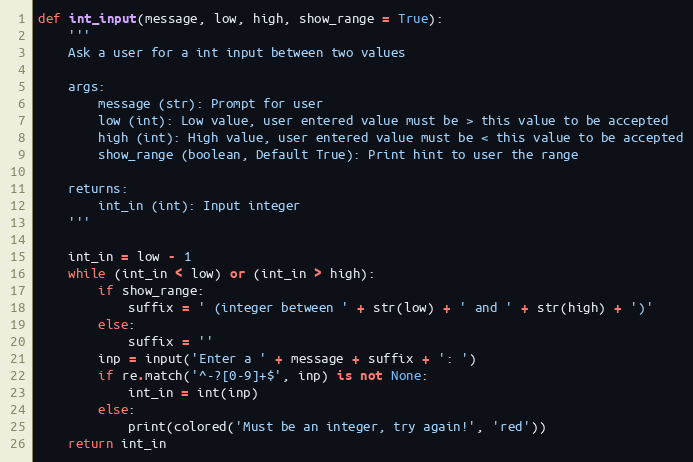
Language: Python
def int_input(message, low, high, show_range = True):
    '''
    Ask a user for a int input between two values

    args:
        message (str): Prompt for user
        low (int): Low value, user entered value must be > this value to be accepted
        high (int): High value, user entered value must be < this value to be accepted
        show_range (boolean, Default True): Print hint to user the range

    returns:
        int_in (int): Input integer
    '''

    int_in = low - 1
    while (int_in < low) or (int_in > high):
        if show_range:
            suffix = ' (integer between ' + str(low) + ' and ' + str(high) + ')'
        else:
            suffix = ''
        inp = input('Enter a ' + message + suffix + ': ')
        if re.match('^-?[0-9]+$', inp) is not None:
            int_in = int(inp)
        else:
            print(colored('Must be an integer, try again!', 'red'))
    return int_in